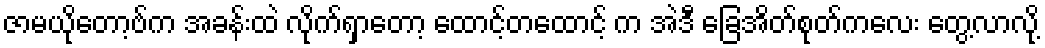
ဇာမယိုတော့ဗ်က အခန်းထဲ လိုက်ရှာတော့ ထောင့်တထောင့် က အဲဒီ ခြေအိတ်စုတ်ကလေး တွေ့လာလို့